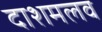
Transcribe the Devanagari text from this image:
दाशमलव